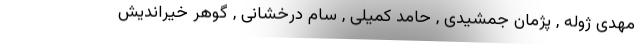
مهدی ژوله , پژمان جمشیدی , حامد کمیلی , سام درخشانی , گوهر خیراندیش